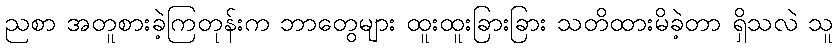
ညစာ အတူစားခဲ့ကြတုန်းက ဘာတွေများ ထူးထူးခြားခြား သတိထားမိခဲ့တာ ရှိသလဲ သူ